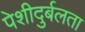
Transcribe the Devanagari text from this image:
पेशीदुर्बलता